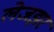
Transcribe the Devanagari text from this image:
लेजझर